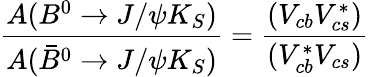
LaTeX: \frac{A(B^{0}\rightarrow J/\psi K_{S})}{A(\bar{B}^{0}\rightarrow J/\psi K_{S})}=\frac{(V_{cb}V_{cs}^{\ast})}{(V_{cb}^{\ast}V_{cs})}